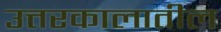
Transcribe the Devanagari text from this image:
उत्तरकालातील